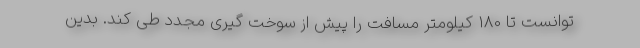
توانست تا 180 کیلومتر مسافت را پیش از سوخت گیری مجدد طی کند. بدین